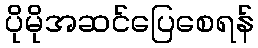
ပိုမိုအဆင်ပြေစေရန်